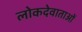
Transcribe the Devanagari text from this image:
लोकदेवाताओं